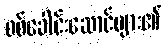
စစ်ခေါင်းဆောင်များ၏